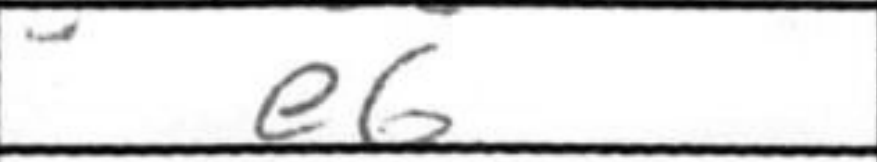
Transcription: e6